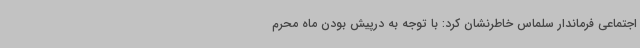
اجتماعی فرماندار سلماس خاطرنشان کرد: با توجه به درپیش بودن ماه محرم